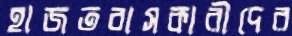
হাজতবাসকারীদের